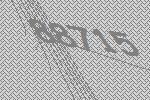
88715